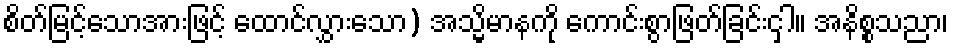
စိတ်မြင့်သောအားဖြင့် ထောင်လွှားသော) အသ္မိမာနကို ကောင်းစွာဖြတ်ခြင်းငှါ။ အနိစ္စသညာ၊